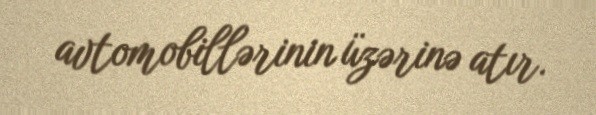
avtomobillərinin üzərinə atır.